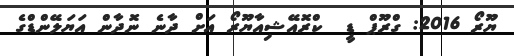
ޔޫރޯ 2016: ގްރޫޕް ޑީ  ކްރޮއޭޝިއާޔޫރޯ އަށް ދާނެ ނޮދާން އަޔަލޭންޑްގެ